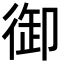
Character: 御